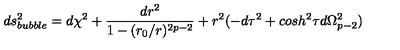
d s _ { b u b b l e } ^ { 2 } = d \chi ^ { 2 } + \frac { d r ^ { 2 } } { 1 - ( r _ { 0 } / r ) ^ { 2 p - 2 } } + r ^ { 2 } ( - d \tau ^ { 2 } + c o s h ^ { 2 } \tau d \Omega _ { p - 2 } ^ { 2 } )